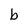
Character: b